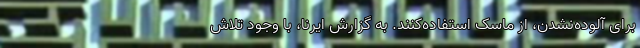
برای آلوده‌نشدن، از ماسک استفاده‌کنند. به گزارش ایرنا، با وجود تلاش